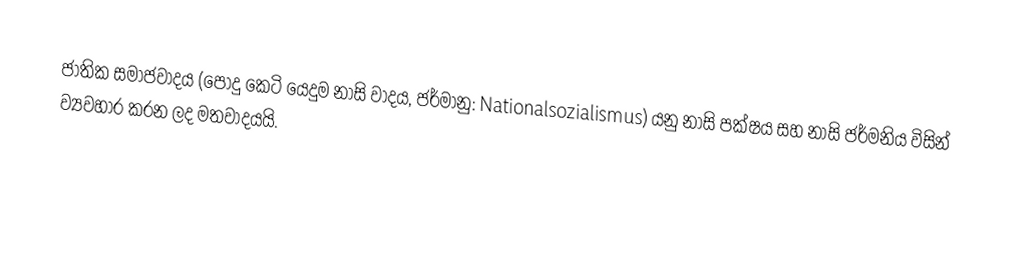
ජාතික සමාජවාදය (පොදු කෙටි යෙදුම  නාසි වාදය, ජර්මානු: Nationalsozialismus) යනු නාසි පක්ෂය සහ නාසි ජර්මනිය විසින් ව්‍යවහාර කරන ලද මතවාදයයි.